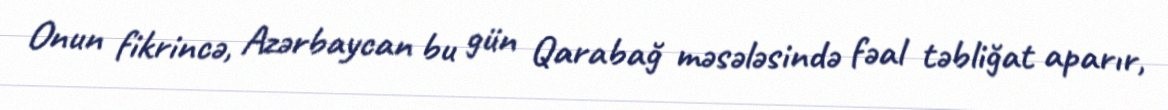
Onun fikrincə, Azərbaycan bu gün Qarabağ məsələsində fəal təbliğat aparır,